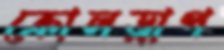
ক্রোলড্রাপ